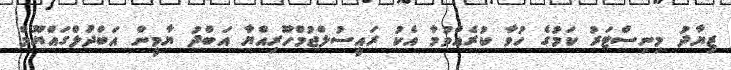
ޒިޔާދު މިނިސްޓަރު ކަމުގެ ހުވާ ކުރެއްވުމާ އެކު ރައީސުލްޖުމްހޫރިއްޔާ އަބްދު ޔާމީން އަބްދުލްގައްޔޫމް